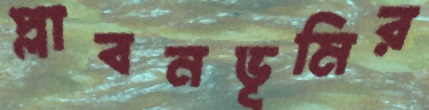
প্লাবনভূমির